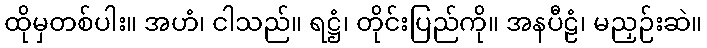
ထိုမှတစ်ပါး။ အဟံ၊ ငါသည်။ ရဋ္ဌံ၊ တိုင်းပြည်ကို။ အနပီဠံ၊ မညှဉ်းဆဲ။